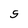
Character: 5